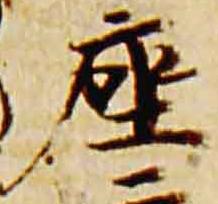
座